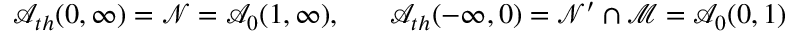
\mathcal { A } _ { t h } ( 0 , \infty ) = \mathcal { N } = \mathcal { A } _ { 0 } ( 1 , \infty ) , \, \, \, \, \, \, \, \, \, \, \mathcal { A } _ { t h } ( - \infty , 0 ) = \mathcal { N } ^ { \prime } \cap \mathcal { M = A } _ { 0 } ( 0 , 1 )